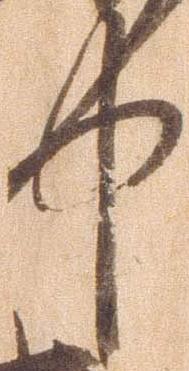
中